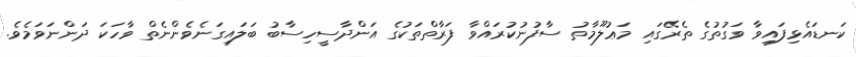
ކަނޑައެޅިފައިވާ ވަގުތުގެ ތެރޭގައި މަޢުލޫމާތު ސާފުނުކުރައްވާ ފަރާތްތަކުގެ އަންދާސީހިސާބު ބަލައިގަނެވެންނެތް ވާހަކަ ދަންނަވަމެވެ.